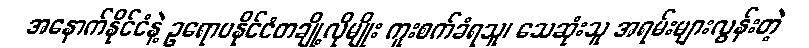
အနောက်နိုင်ငံနဲ့ ဥရောပနိုင်ငံတချို့လိုမျိုး ကူးစက်ခံရသူ၊ သေဆုံးသူ အရမ်းများလွန်းတဲ့